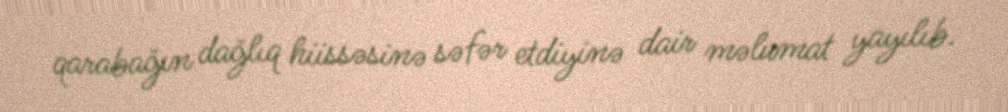
qarabağın dağlıq hiissəsinə səfər etdiyinə dair məlumat yayılıb.